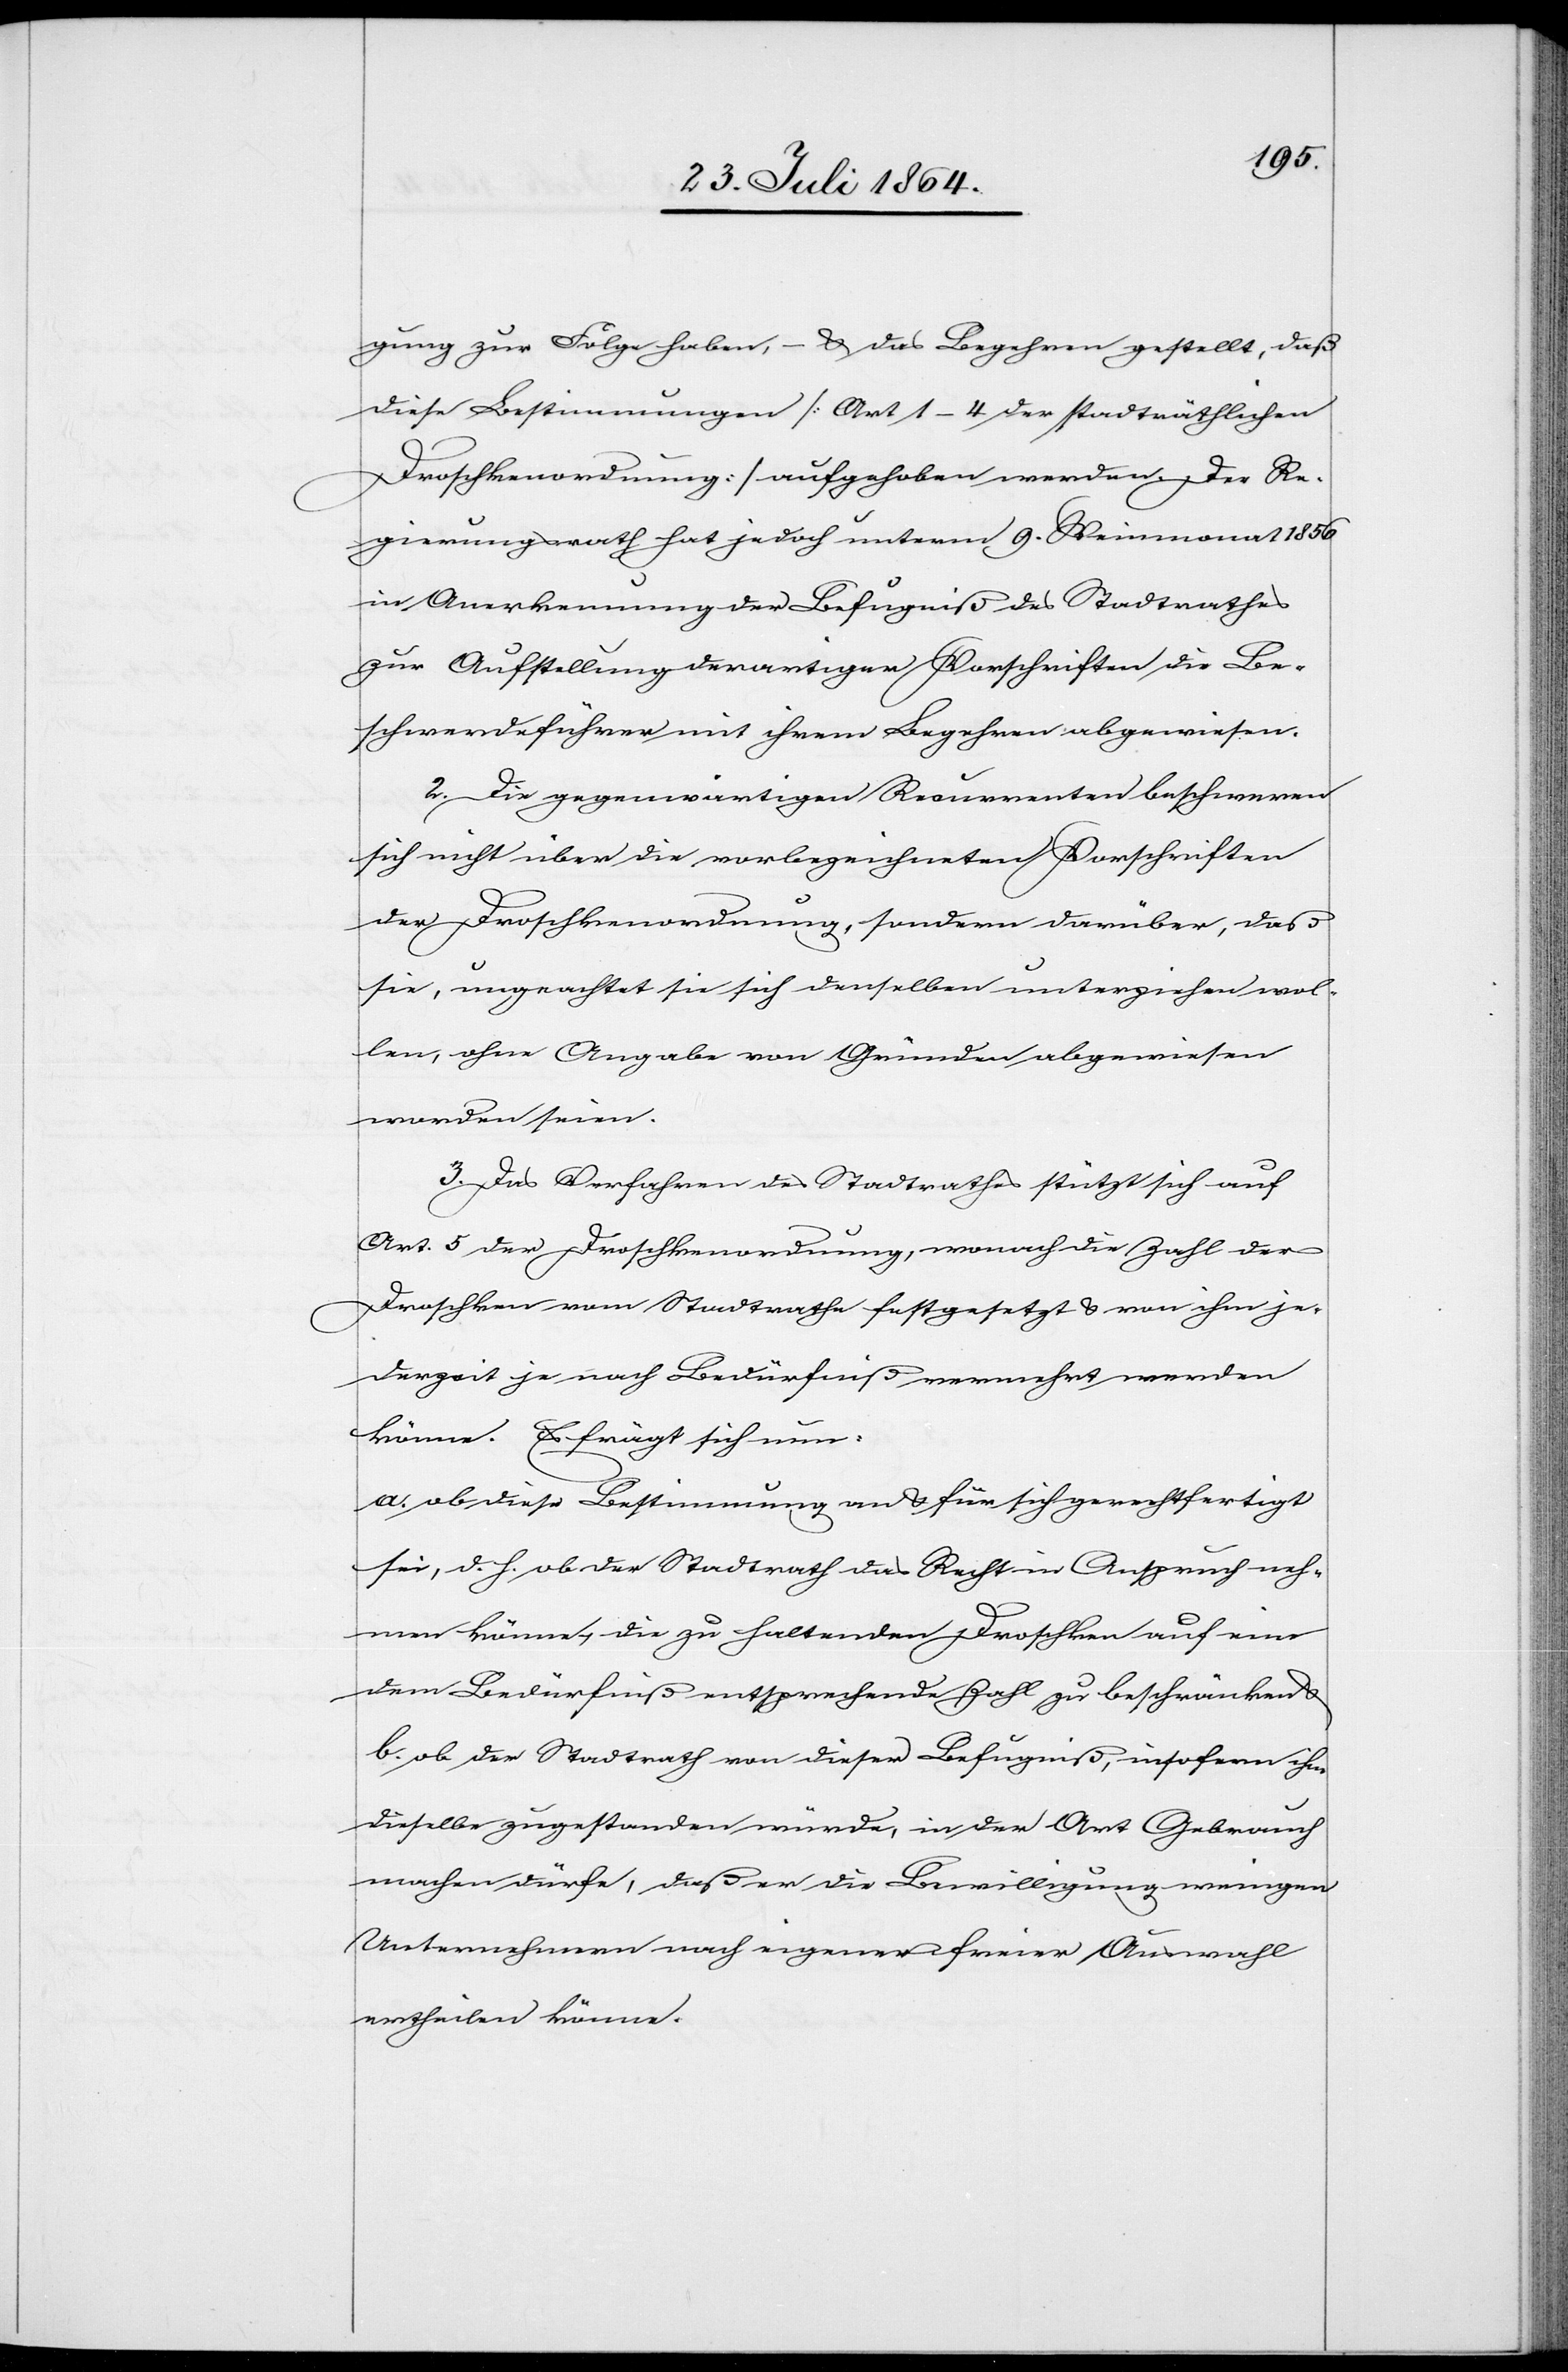
gung zur Folge haben, – & das Begehren gestellt, daß
diese Bestimmungen [Art. 1–4 der stadträthlichen
Droschkenordnung] aufgehoben werden. Der Re¬
gierungsrath hat jedoch unterm 9. Weinmonat 1856
in Anerkennung der Befugniß des Stadtrathes
zur Aufstellung derartiger Vorschriften die Be¬
schwerdeführer mit ihrem Begehren abgewiesen.
2. Die gegenwärtigen Recurrenten beschweren
sich nicht über die vorliegenden Vorschriften
der Droschkenordnung, sondern darüber, daß
sie, ungeachtet sie sich denselben unterziehen wol¬
len, ohne Angabe von Gründen abgewiesen
worden seien.
3. Das Verfahren des Stadtrathes stützt sich auf
Art. 5 der Droschkenordnung, wonach die Zahl der
Droschken vom Stadtrathe festgesetzt & von ihm je¬
derzeit je nach Bedürfniß verwehrt werden
könne. Es frägt sich nun:
a.) ob diese Bestimmung an & für sich gerechtfertigt
sei, d. h. ob der Stadtrath das Recht in Anspruch neh¬
men könne, die zu haltenden Droschken auf eine
dem Bedürfniß entsprechende Zahl zu beschränken &
b.) ob der Stadtrath von dieser Befugniß, insofern ihr
dieselbe zugestanden würde, in der Art Gebrauch
machen dürfe, daß er die Bewilligung wenigen
Unternehmern nach eigener freier Auswahl
ertheilen könne.